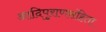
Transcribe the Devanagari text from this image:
आदिपुराणसंहिता